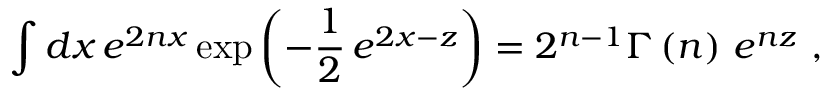
\int d x \, e ^ { 2 n x } \exp \left( - \frac { 1 } { 2 } \, e ^ { 2 x - z } \right) = 2 ^ { n - 1 } \Gamma \left( n \right) \, e ^ { n z } ~ ,